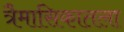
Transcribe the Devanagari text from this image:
त्रैमासिकातला